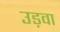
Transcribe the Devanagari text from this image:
उड़वा